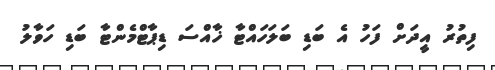
ފިތުރު އީދަށް ފަހު އެ ބަޑި ބަލަހައްޓާ ޚާއްސަ ޑިޕާޓްމެންޓާ ބަޑި ހަވާލު